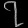
Digit: ၇